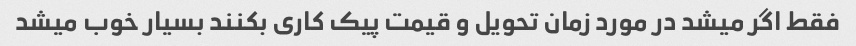
فقط اگر میشد در مورد زمان تحویل و قیمت پیک کاری بکنند بسیار خوب میشد